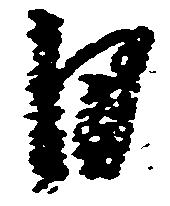
日